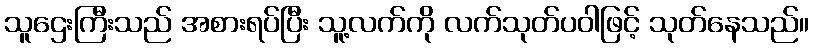
သူဌေးကြီးသည် အစားရပ်ပြီး သူ့လက်ကို လက်သုတ်ပဝါဖြင့် သုတ်နေသည်။